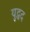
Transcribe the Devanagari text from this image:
युद्धद